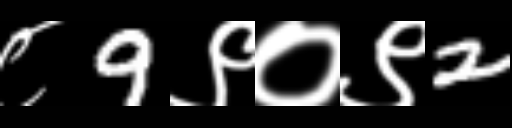
Text: ८9९०९2